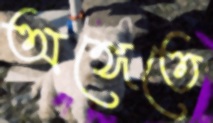
অঙ্গেতে